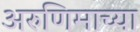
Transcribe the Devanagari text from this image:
अरुणिमाच्या